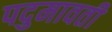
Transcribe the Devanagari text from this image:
पदुमावती